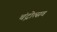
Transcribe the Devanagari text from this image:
चंद्रोत्सव